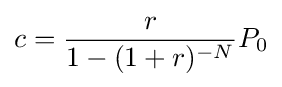
c={r \over {1-(1+r)^{-N}}}P_{0}